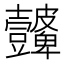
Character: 𭅮